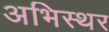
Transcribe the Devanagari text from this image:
अभिस्थर